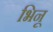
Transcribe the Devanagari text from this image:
भिनू